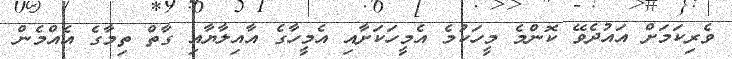
ވެރިކަމަށް އައުދެވޭ ކޮންމެ މީހަކުމެ އެމީހަކަށާއި އެމީހާގެ އާއިލާޔާއި ގާތް ތިމާގެ އެއްމެން